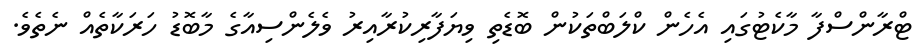
ޓްރާންސްފާ މާކެޓުގައި އެހެން ކްލަބްތަކުން ބޮޑެތި ވިޔަފާރިކުރާއިރު ވެލެންސިއާގެ މާބޮޑު ހަރަކާތެއް ނެތެވެ.